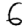
Digit: 6